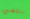
ستقضين